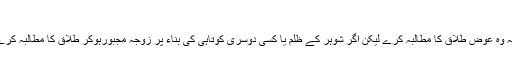
شوہر میں خرابی ہو تو خلع کا عوض لینا گناہ
جواب:۱-جب زوجہ طلاق کا مطالبہ کرے تو شوہر کو حق ہے کہ وہ عوضِ طلاق کا مطالبہ کرے لیکن اگر شوہر کے ظلم یا کسی دوسری کوتاہی کی بناء پر زوجہ مجبورہوکر طلاق کا مطالبہ کرے تو ایسی صورت میں شوہر کا عوض طلب کرنا جائز نہیں ہے ۔